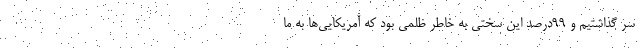
سر گذاشتیم و 99درصد این سختی به خاطر ظلمی بود که آمریکایی‌ها به ما